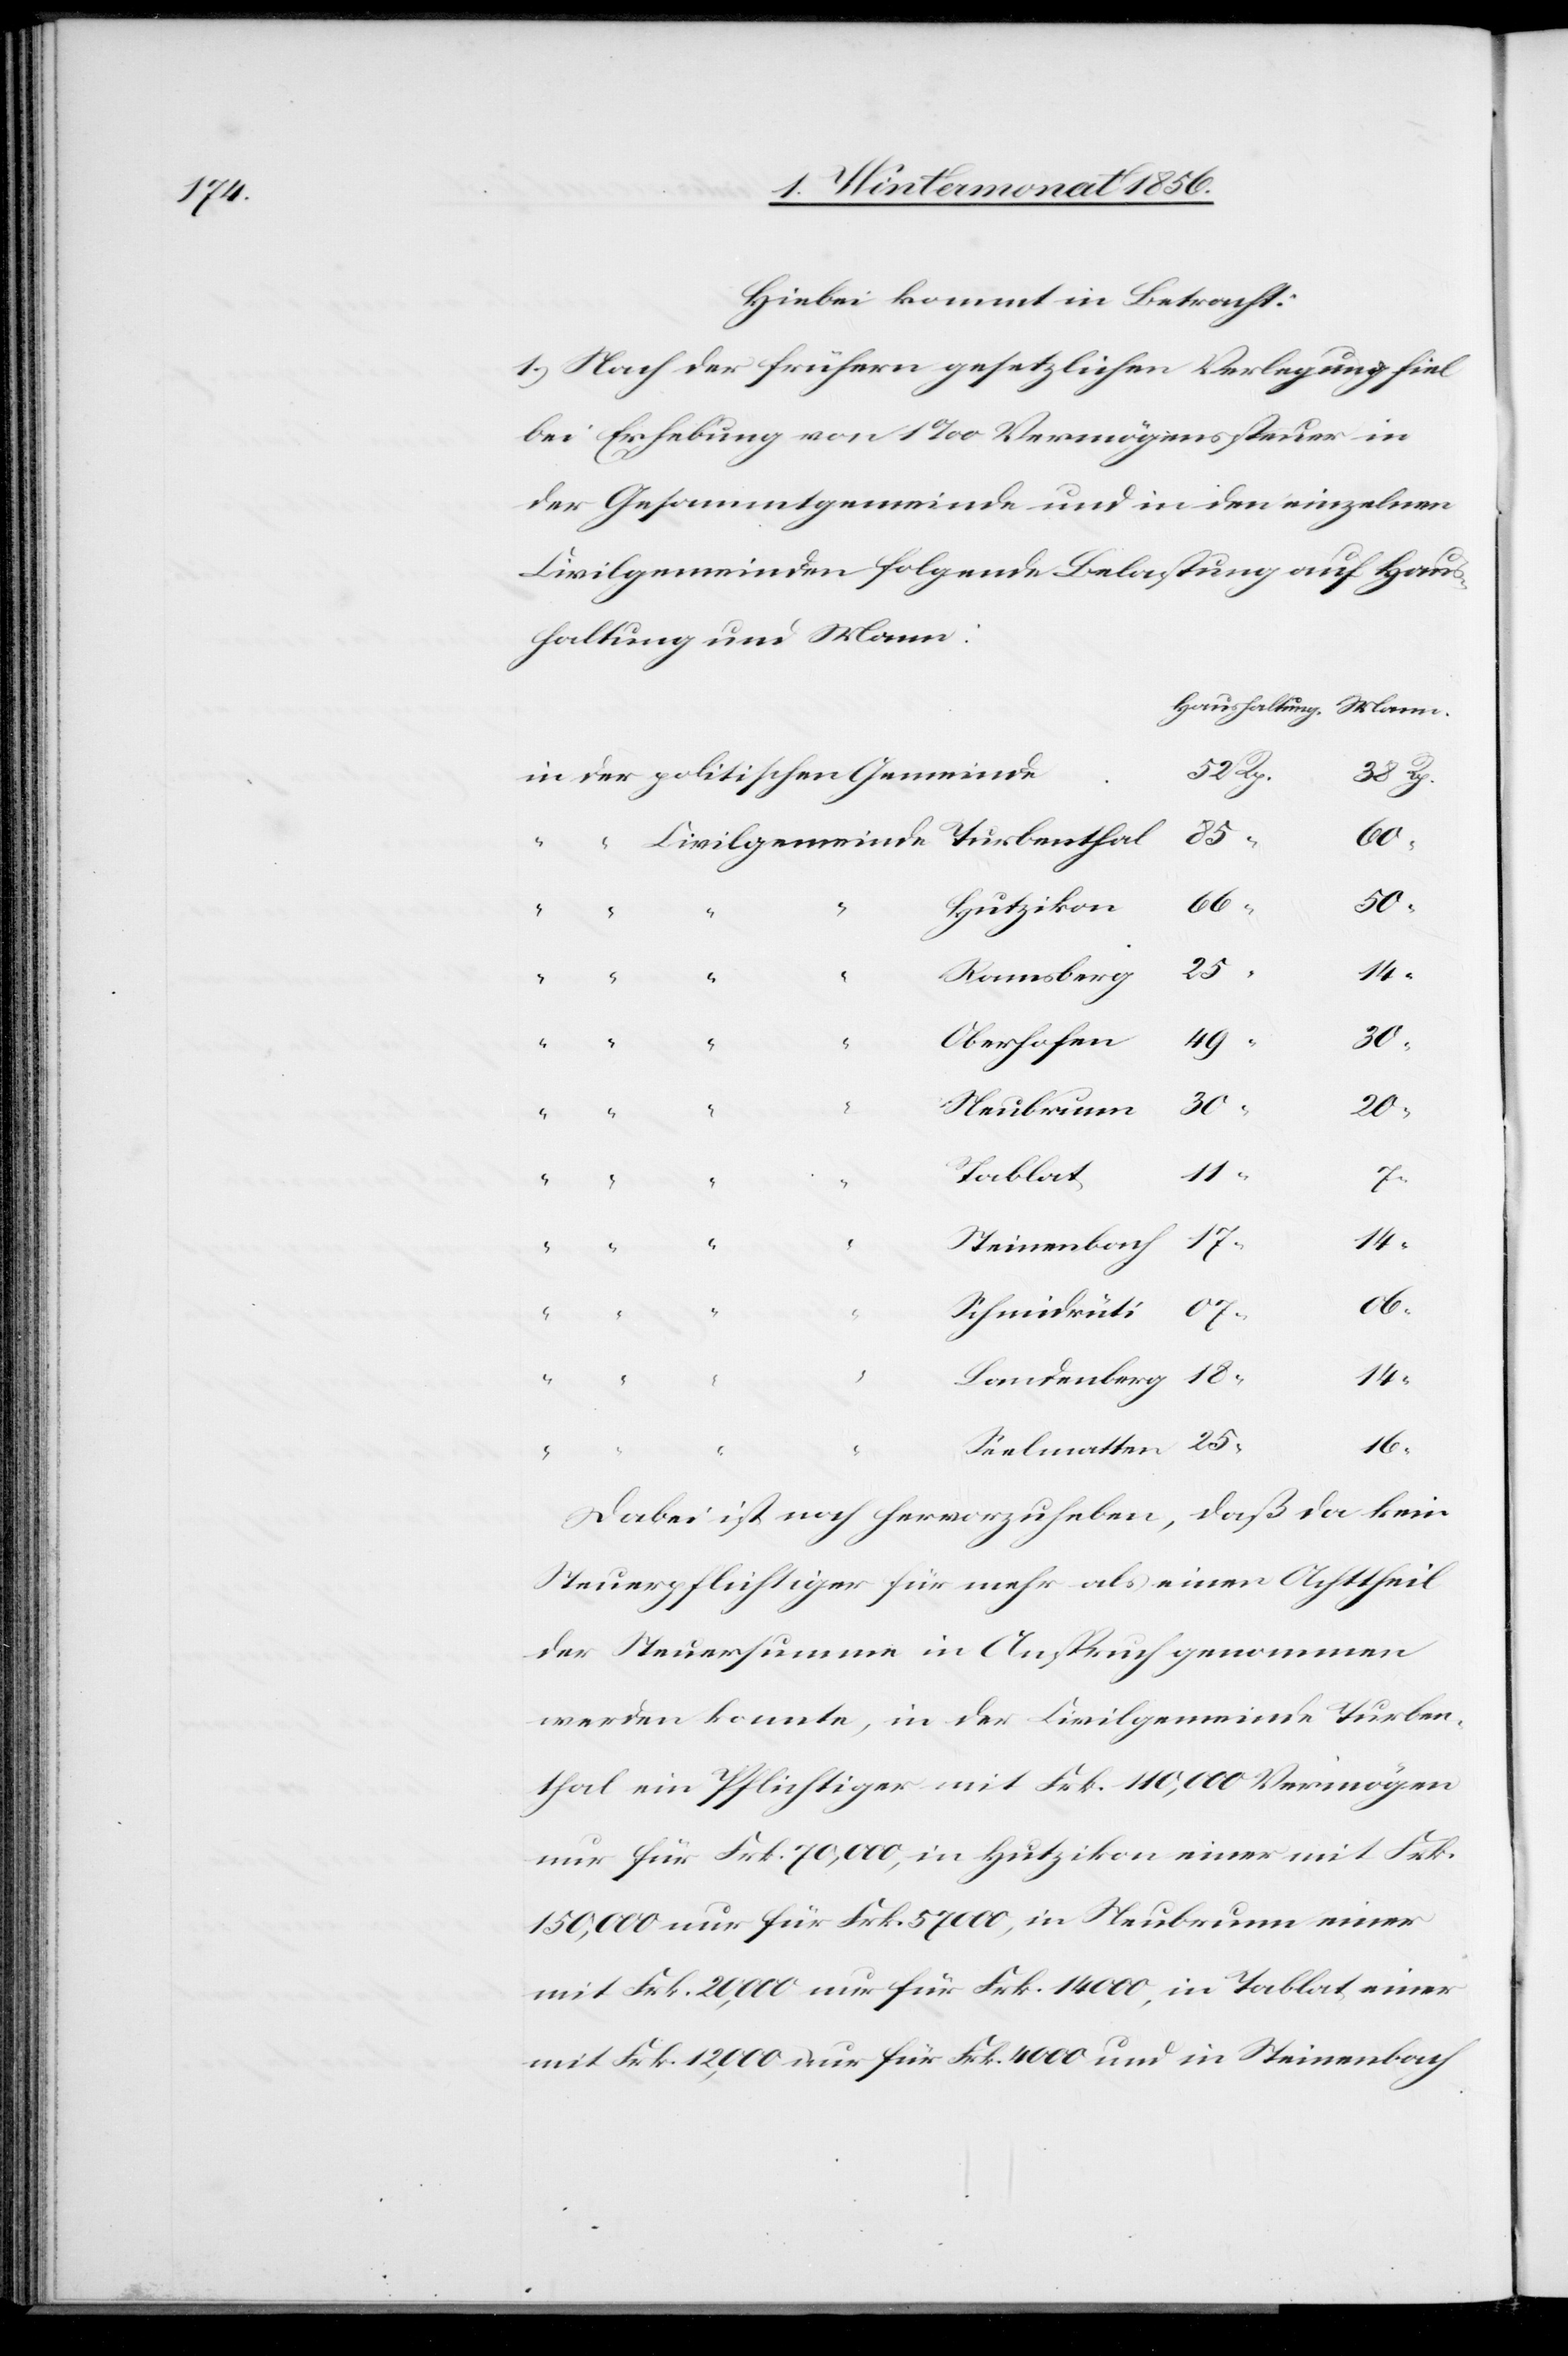
Hiebei kommt in Betracht:
1.) Nach der frühern gesetzlichen Verlegung fiel
bei Erhebung von 1‰ Vermögenssteuer in
der Gesamtgemeinde und in den einzelnen
Civilgemeinden folgende Belastung auf Haus¬
haltung und Mann:
Rp.
85
18
52
Hutzikon
50
“
14
Landenberg
49
Oberhofen
20
30
Neubrunn
30
Tablat
Steinenbach
14
Seelmatten
16
Dabei ist noch hervorzuheben, daß da kein
Steuerpflichtiger für mehr als einen Achttheil
der Steuersumme in Anspruch genommen
werden konnte, in der Civilgemeinde Turben¬
thal ein Pflichtiger mit Frk. 110,000 Vermögen
nur für Frk. 70,000, in Hutzikon einer mit Frk.
150,000 nur für Frk. 57 000, in Neubrunn einer
mit Frk. 20,000 nur für Frk. 14 000, in Tablat einer
mit Frk. 12,000 nur für Frk. 4000 und in Steinenbach